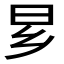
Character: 𬁠